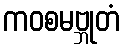
ကဝစမဗ္ဘုတံ